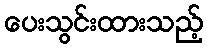
ပေးသွင်းထားသည့်